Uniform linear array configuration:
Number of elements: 32
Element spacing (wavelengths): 0.25
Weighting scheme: exponential
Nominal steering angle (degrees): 15
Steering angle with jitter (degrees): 14.155
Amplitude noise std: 0.05
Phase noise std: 0.05

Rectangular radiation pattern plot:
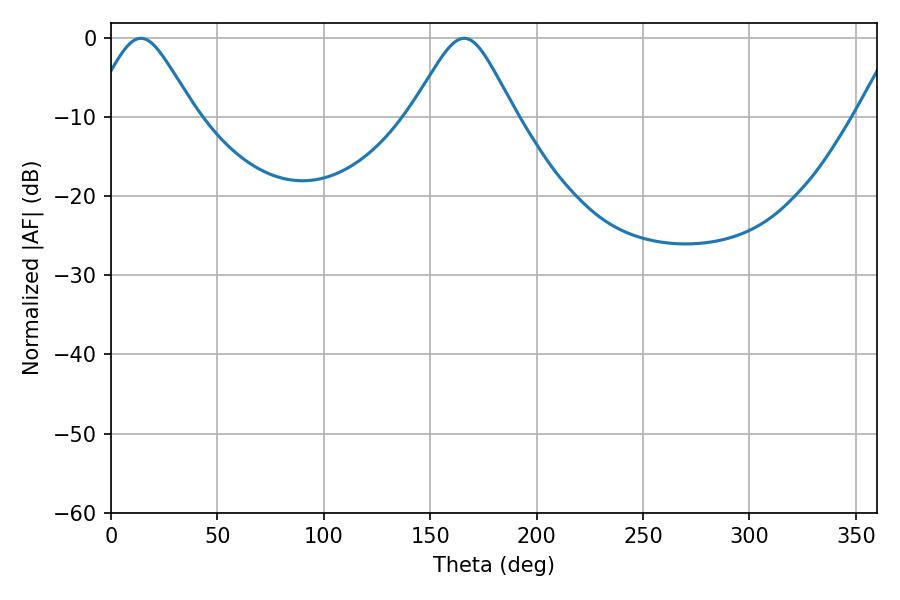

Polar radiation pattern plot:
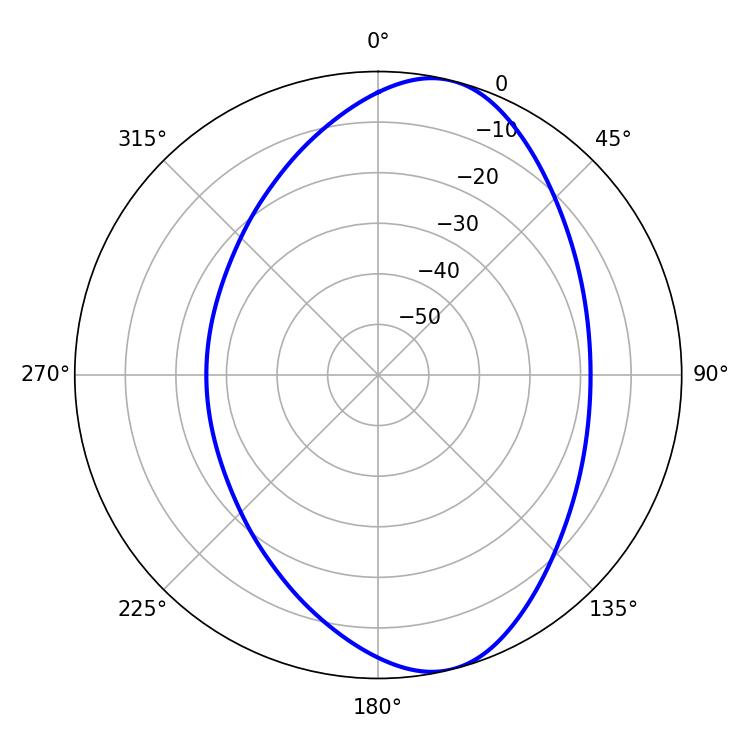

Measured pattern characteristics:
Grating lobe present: FALSE
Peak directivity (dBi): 8.804
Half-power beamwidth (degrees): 23.58
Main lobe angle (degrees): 165.96